Scottish Leaving Certificate Examination, 1954
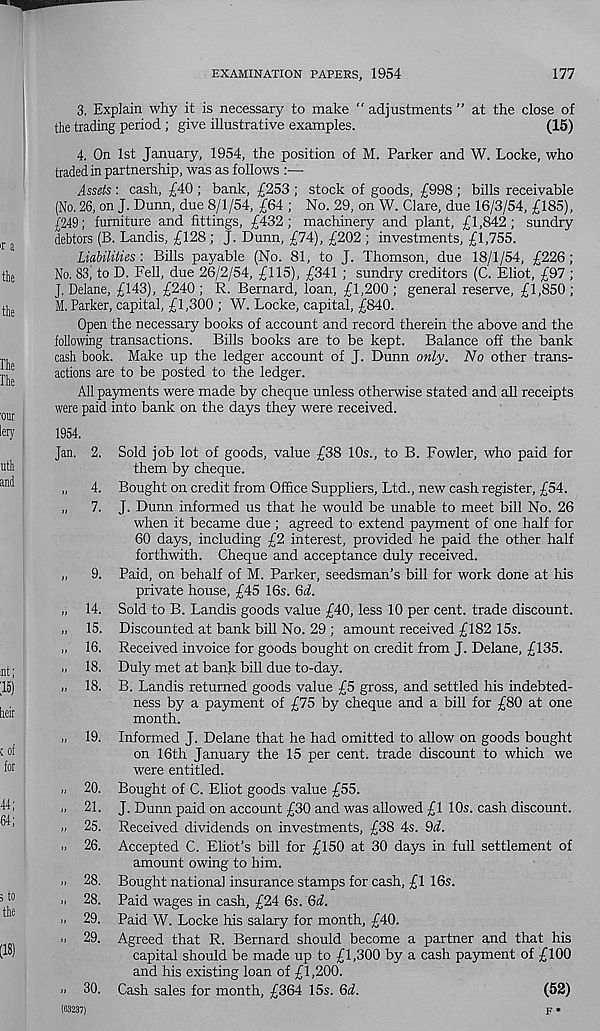
EXAMINATION PAPERS, 1954
177
3. Explain why it is necessary to make " adjustments ” at the close of
the trading period ; give illustrative examples.
(15)
4. On 1st January, 1954, the position of M. Parker and W. Locke, who
traded in partnership, was as follows :—
issefe : cash, £40 ; bank, £253 ; stock of goods, £998 ; bills receivable
(No. 26, on J. Dunn, due 8/1/54, £64 ; No. 29, on W. Clare, due 16/3/54, £185),
0249; furniture and fittings, £432; machinery and plant, £1,842; sundry
debtors (B. Landis, £128; J. Dunn, £74), £202 ; investments, £1,755.
Liabilities-. Bills payable (No. 81, to J. Thomson, due 18/1/54, £226;
No. 83) to D. Fell, due 26/2/54, £115), £341 ; sundry creditors (C. Eliot, £97 ;
J. Delane, £143), £240 ; R. Bernard, loan, £1,200 ; general reserve, £1,850 ;
M. Parker, capital, £1,300 ; W. Locke, capital, £840.
Open the necessary books of account and record therein the above and the
following transactions. Bills books are to be kept. Balance off the bank
cash book. Make up the ledger account of J. Dunn only. No other trans-
actions are to be posted to the ledger.
All payments were made by cheque unless otherwise stated and all receipts
were paid into bank on the days they were received.
1954.
Jan. 2. Sold job lot of goods, value £38 10s., to B. Fowler, who paid for
them by cheque.
„ 4. Bought on credit from Office Suppliers, Ltd., new cash register, £54.
„ 7. J. Dunn informed us that he would be unable to meet bill No. 26
when it became due; agreed to extend payment of one half for
60 days, including £2 interest, provided he paid the other half
forthwith. Cheque and acceptance duly received.
„
9. Paid, on behalf of M. Parker, seedsman’s bill for work done at his
private house, £45 16s. Gd.
„ 14. Sold to B. Landis goods value £40, less 10 per cent, trade discount.
„ 15. Discounted at bank bill No. 29 ; amount received £182 15s.
„ 16. Received invoice for goods bought on credit from J. Delane, £135.
„ 18. Duly met at bank bill due to-day.
„ 18. B. Landis returned goods value £5 gross, and settled his indebted-
ness by a payment of £75 by cheque and a bill for £80 at one
month.
„ 19. Informed J. Delane that he had omitted to allow on goods bought
on 16th January the 15 per cent, trade discount to which we
were entitled.
„ 20. Bought of C. Eliot goods value £55.
.. 21. J. Dunn paid on account £30 and was allowed £1 10s. cash discount.
25. Received dividends on investments, £38 4s. 9d.
26. Accepted C. Eliot’s bill for £150 at 30 days in full settlement of
amount owing to him.
.. 28. Bought national insurance stamps for cash, £1 16s.
» 28. Paid wages in cash, £24 6s. Gd.
" 29. Paid W. Locke his salary for month, £40.
>. 29. Agreed that R. Bernard should become a partner and that his
capital should be made up to £1,300 by a cash payment of £100
and his existing loan of £1,200.
' < 30. Cash sales for month, £364 15s. Gd.
(52)
(63237)
F*